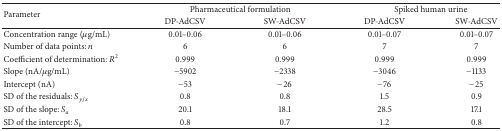
<table><thead><tr><td rowspan="2"><b>Parameter</b></td><td colspan="2"><b>Pharmaceutical formulation</b></td><td colspan="2"><b>Spiked human urine</b></td></tr><tr><td><b>DP-AdCSV</b></td><td><b>SW-AdCSV</b></td><td><b>DP-AdCSV</b></td><td><b>SW-AdCSV</b></td></tr></thead><tbody><tr><td>Concentration range (<i>μ</i>g/mL)</td><td>0.01–0.06</td><td>0.01–0.06</td><td> 0.01–0.07</td><td> 0.01–0.07</td></tr><tr><td>Number of data points: <i>n</i></td><td>6 </td><td>6</td><td>7</td><td>7 </td></tr><tr><td>Coefficient of determination: <i>R</i><sup>2</sup></td><td>0.999</td><td>0.999</td><td>0.999</td><td>0.999</td></tr><tr><td>Slope (nA/<i>μ</i>g/mL)</td><td>−5902</td><td>−2338</td><td>−3046</td><td>−1133</td></tr><tr><td>Intercept (nA)</td><td>−53</td><td>−26</td><td>−76</td><td>−25</td></tr><tr><td>SD of the residuals: <i>S</i><sub><i>y</i>/<i>x</i></sub></td><td>0.8</td><td>0.8</td><td>1.5</td><td>0.9</td></tr><tr><td>SD of the slope: <i>S</i><sub><i>a</i></sub></td><td>20.1</td><td>18.1</td><td>28.5</td><td>17.1</td></tr><tr><td>SD of the intercept: <i>S</i><sub><i>b</i></sub></td><td>0.8</td><td>0.7</td><td>1.2</td><td>0.8</td></tr></tbody></table>